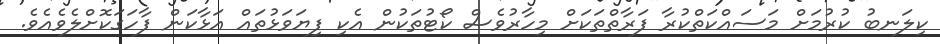
ކިލަނބު ކުރުމަށް މަސައްކަތްކުރާ ފަރާތްތަކަށް މިހާރުވެސް ކޯޓުތަކުން އެކި ފިޔަވަޅުތައް އަޅާކަން ފާހަގަކޮށްލެވެއެވެ.